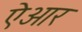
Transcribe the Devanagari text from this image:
ऐआर